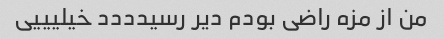
من از مزه راضی بودم دیر رسیدددد خیلیییی